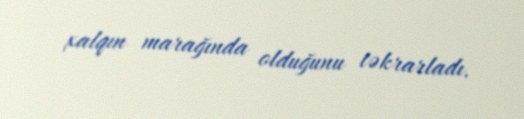
xalqın marağında olduğunu təkrarladı.